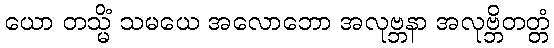
ယော တသ္မိံ သမယေ အလောဘော အလုဗ္ဘနာ အလုဗ္ဘိတတ္တံ